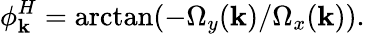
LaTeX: \phi_{\mathbf{k}}^{H}=\arctan(-\Omega_{y}(\mathbf{k})/\Omega_{x}(\mathbf{k}))\textrm{.}